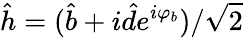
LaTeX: \hat{h}=(\hat{b}+i\hat{d}e^{i\varphi_{b}})/\sqrt{2}